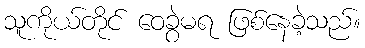
သူကိုယ်တိုင် ဝေခွဲမရ ဖြစ်နေခဲ့သည်။